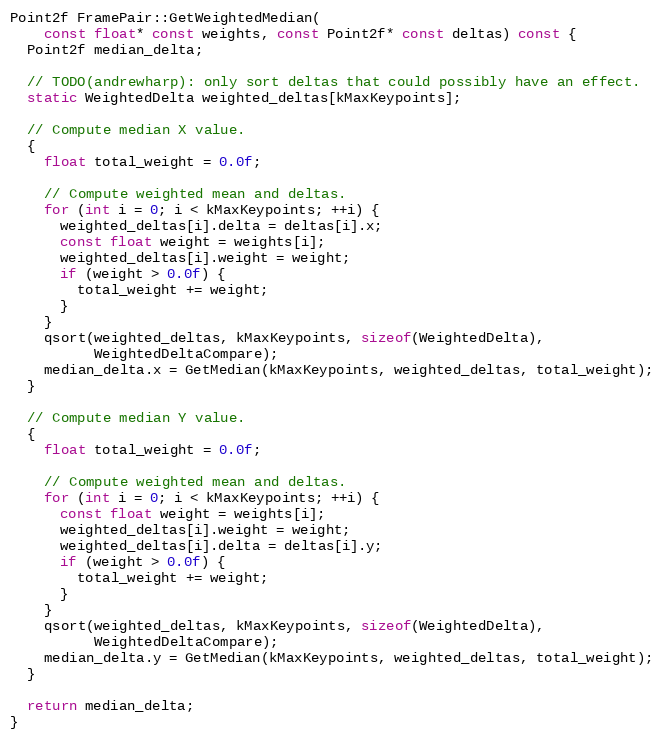
Language: C++
Point2f FramePair::GetWeightedMedian(
    const float* const weights, const Point2f* const deltas) const {
  Point2f median_delta;

  // TODO(andrewharp): only sort deltas that could possibly have an effect.
  static WeightedDelta weighted_deltas[kMaxKeypoints];

  // Compute median X value.
  {
    float total_weight = 0.0f;

    // Compute weighted mean and deltas.
    for (int i = 0; i < kMaxKeypoints; ++i) {
      weighted_deltas[i].delta = deltas[i].x;
      const float weight = weights[i];
      weighted_deltas[i].weight = weight;
      if (weight > 0.0f) {
        total_weight += weight;
      }
    }
    qsort(weighted_deltas, kMaxKeypoints, sizeof(WeightedDelta),
          WeightedDeltaCompare);
    median_delta.x = GetMedian(kMaxKeypoints, weighted_deltas, total_weight);
  }

  // Compute median Y value.
  {
    float total_weight = 0.0f;

    // Compute weighted mean and deltas.
    for (int i = 0; i < kMaxKeypoints; ++i) {
      const float weight = weights[i];
      weighted_deltas[i].weight = weight;
      weighted_deltas[i].delta = deltas[i].y;
      if (weight > 0.0f) {
        total_weight += weight;
      }
    }
    qsort(weighted_deltas, kMaxKeypoints, sizeof(WeightedDelta),
          WeightedDeltaCompare);
    median_delta.y = GetMedian(kMaxKeypoints, weighted_deltas, total_weight);
  }

  return median_delta;
}